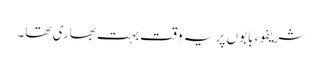
شریفو، بابوں پر یہ وقت بہت بھاری تھا۔